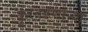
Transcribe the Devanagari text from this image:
कुरतडणाऱ्या